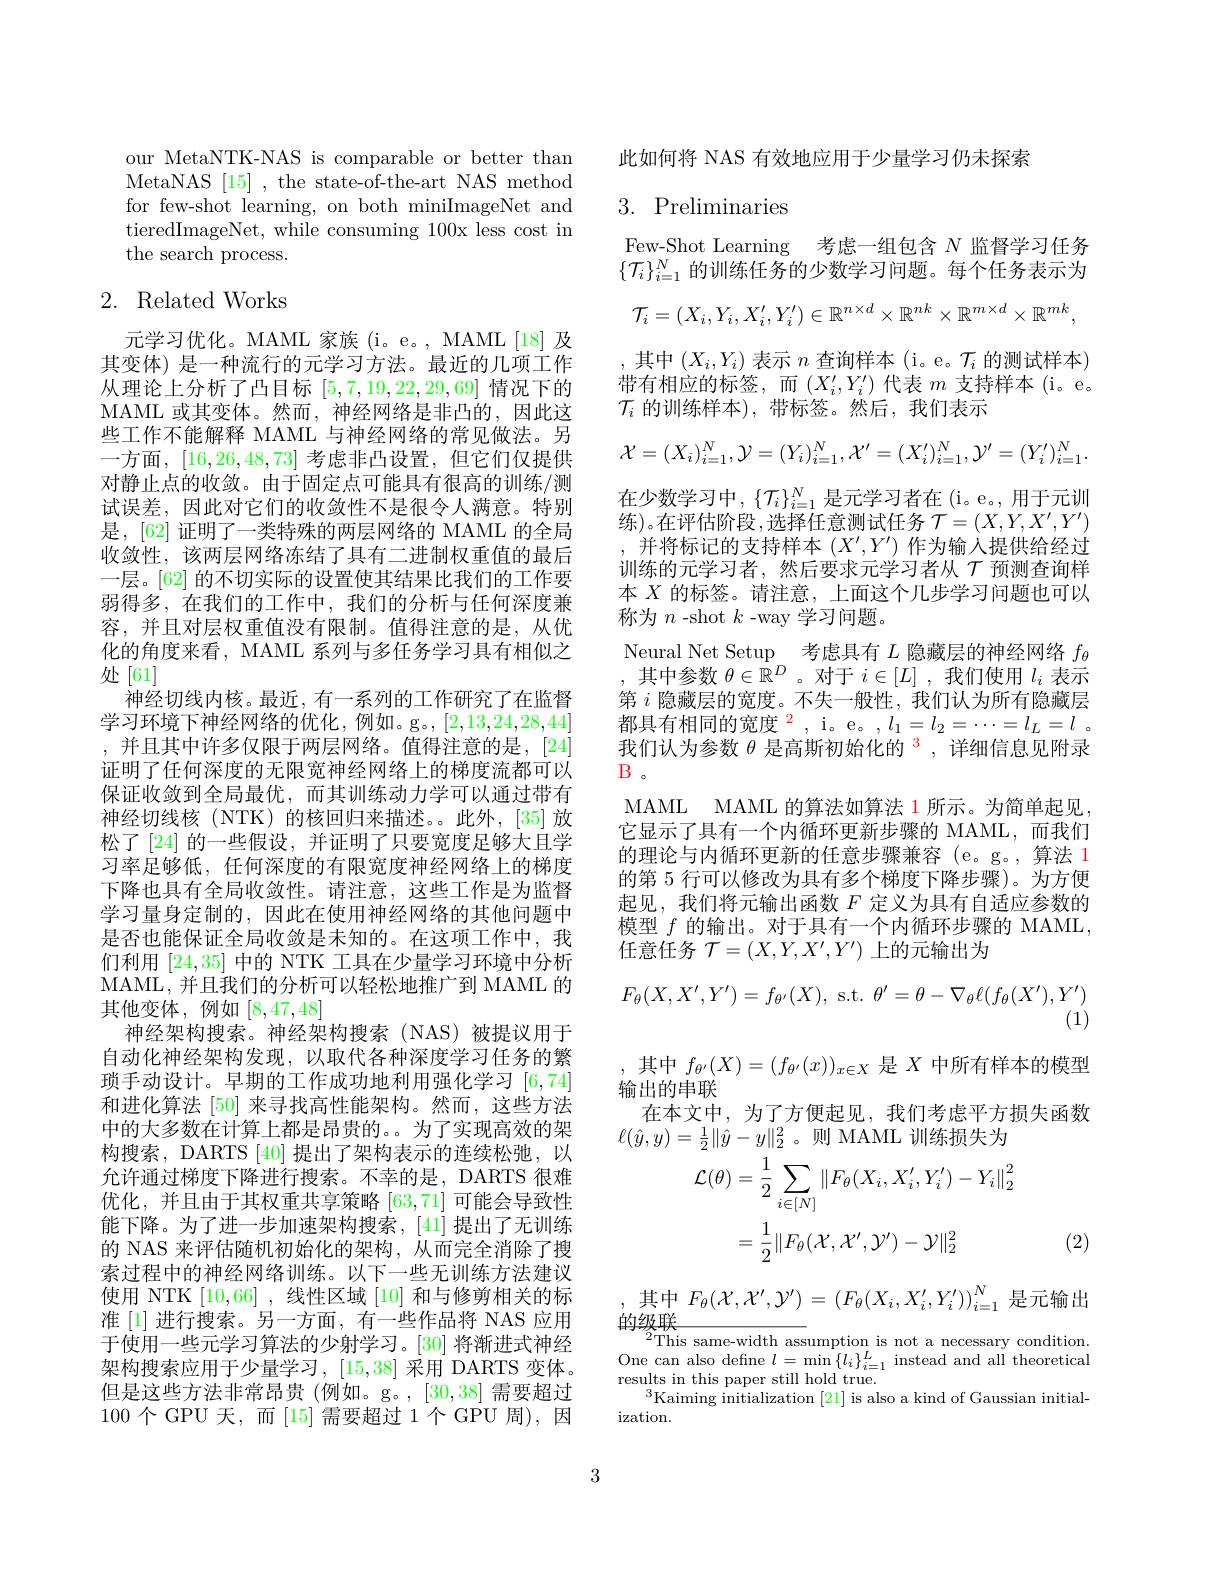
our MetaNTK-NAS is comparable or better than MetaNAS [15] , the state-of-the-art NAS method for few-shot learning, on both miniImageNet and tieredImageNet, while consuming 100x less cost in the search process.

# 2. Related Works

元学习优化。MAML 家族 (i。e。, MAML[18]及其变体) 是一种流行的元学习方法。最近的几项工作从理论上分析了凸目标[5,7,19,22,29,69]情况下的MAML 或其变体。然而，神经网络是非凸的，因此这些工作不能解释 MAML 与神经网络的常见做法。另一方面，[16,26,48,73]考虑非凸设置，但它们仅提供对静止点的收敛。由于固定点可能具有很高的训练/测试误差，因此对它们的收敛性不是很令人满意。特别是，[62] 证明了一类特殊的两层网络的 MAML 的全局收敛性，该两层网络冻结了具有二进制权重值的最后一层。[62] 的不切实际的设置使其结果比我们的工作要弱得多，在我们的工作中，我们的分析与任何深度兼容，并且对层权重值没有限制。值得注意的是，从优化的角度来看，MAML 系列与多任务学习具有相似之处[61]
神经切线内核。最近，有一系列的工作研究了在监督学习环境下神经网络的优化，例如。g。,[2,13,24,28,44] , 并且其中许多仅限于两层网络。值得注意的是，[24] 证明了任何深度的无限宽神经网络上的梯度流都可以保证收敛到全局最优，而其训练动力学可以通过带有神经切线核(NTK)的核回归来描述。。此外，[35]放松了 [24] 的一些假设，并证明了只要宽度足够大且学习率足够低，任何深度的有限宽度神经网络上的梯度下降也具有全局收敛性。请注意，这些工作是为监督学习量身定制的，因此在使用神经网络的其他问题中是否也能保证全局收敛是未知的。在这项工作中，我们利用[24,35]中的 NTK 工具在少量学习环境中分析MAML,并且我们的分析可以轻松地推广到 MAML 的其他变体，例如[8,47,48]
神经架构搜索。神经架构搜索(NAS)被提议用于自动化神经架构发现，以取代各种深度学习任务的繁琐手动设计。早期的工作成功地利用强化学习[6,74] 和进化算法[50]来寻找高性能架构。然而，这些方法中的大多数在计算上都是昂贵的。为了实现高效的架构搜索，DARTS [40] 提出了架构表示的连续松弛，以允许通过梯度下降进行搜索。不幸的是，DARTS 很难优化，并且由于其权重共享策略[63,71]可能会导致性能下降。为了进一步加速架构搜索，[41]提出了无训练的 NAS 来评估随机初始化的架构，从而完全消除了搜索过程中的神经网络训练。以下一些无训练方法建议使用 NTK [10,66] ,线性区域 [10] 和与修剪相关的标准 [1] 进行搜索。另一方面，有一些作品将 NAS 应用于使用一些元学习算法的少射学习。[30] 将渐进式神经架构搜索应用于少量学习，[15,38] 采用 DARTS 变体。但是这些方法非常昂贵 (例如。g。,[30,38] 需要超过100个GPU 天，而[15]需要超过1个GPU 周),因

此如何将 NAS 有效地应用于少量学习仍未探索

# 3. Preliminaries

Few-Shot Learning 考虑一组包含$N$监督学习任务$\{\mathcal{T}_i\}_{i=1}^N$的训练任务的少数学习问题。每个任务表示为
$$\mathcal{T}_{i}=(X_{i},Y_{i},X_{i}^{\prime},Y_{i}^{\prime})\in\mathbb{R}^{n\times d}\times\mathbb{R}^{nk}\times\mathbb{R}^{m\times d}\times\mathbb{R}^{mk},$$
其中$(X_i,Y_i)$表示$n$查询样本 (i。e。$\mathcal{T}_i$的测试样本) 带有相应的标签，而$(X_i^{\prime},Y_i^{\prime})$代表$m$支持样本 (i。e。$\mathcal{T}_i$的训练样本),带标签。然后，我们表示
$$\mathcal{X}=(X_{i})_{i=1}^{N},\mathcal{Y}=(Y_{i})_{i=1}^{N},\mathcal{X}^{\prime}=(X_{i}^{\prime})_{i=1}^{N},\mathcal{Y}^{\prime}=(Y_{i}^{\prime})_{i=1}^{N}.$$
在少数学习中，$\{\mathcal{T}_i\}_i=1^N$是元学习者在 (i。e。, 用于元训练)。在评估阶段 ,选择任意测试任务 $\mathcal{T}=(X,Y,X^\prime,Y^\prime)$ 并将标记的支持样本$(X^\prime,Y^{\prime})$作为输人提供给经过训练的元学习者，然后要求元学习者从$\mathcal{T}$预测查询样本$X$的标签。请注意，上面这个几步学习问题也可以称为$n$ -shot $k$ -way 学习问题。
Neural Net Setup 考虑具有$L$隐藏层的神经网络$f_\theta$ ,其中参数$\theta\in\mathbb{R}^D$ 。对于$i\in[L]$ ,我们使用$l_i$表示第$i$隐藏层的宽度。不失一般性，我们认为所有隐藏层都具有相同的宽度$^{\color{red}2}$, i。e。$,l_1=l_2=\cdots=l_L=l$ 。我们认为参数$\theta\text{ 是高斯初始化的 }^{3}$,详细信息见附录$B$。
MAML MAML 的算法如算法 1 所示。为简单起见， 它显示了具有一个内循环更新步骤的 MAML,而我们的理论与内循环更新的任意步骤兼容 (e。g。,算法 1的第 5 行可以修改为具有多个梯度下降步骤)。为方便起见，我们将元输出函数$F$定义为具有自适应参数的模型$f$的输出。对于具有一个内循环步骤的 MAML, 任意任务$\mathcal{T}=(X,Y,X^{\prime},Y^{\prime})$上的元输出为
$$F_\theta(X,X',Y')=f_{\theta'}(X),\:\mathrm{s.t.}\:\theta'=\theta-\nabla_\theta\ell(f_\theta(X'),Y')$$
(1)
其中$f_{\theta^{\prime}}(X)=(f_{\theta^{\prime}}(x))_{x\in X}$是$X$中所有样本的模型
输出的串联

在本文中，为了方便起见，我们考虑平方损失函数
$\ell(\hat{y},y)=\frac12\|\hat{y}-y\|_2^2$。则 MAML 训练损失为
$$\begin{aligned}\mathcal{L}(\theta)&=\frac{1}{2}\sum_{i\in[N]}\|F_{\theta}(X_{i},X_{i}^{\prime},Y_{i}^{\prime})-Y_{i}\|_{2}^{2}\\&=\frac{1}{2}\|F_{\theta}(\mathcal{X},\mathcal{X}^{\prime},\mathcal{Y}^{\prime})-\mathcal{Y}\|_{2}^{2}\end{aligned}$$
(2)

,其中$F_\theta(\mathcal{X},\mathcal{X}^{\prime},\mathcal{Y}^{\prime})=(F_\theta(X_i,X_i^{\prime},Y_i^{\prime}))_{i=1}^N$是元输出
的级联

$^{2}$This same-width assumption is not a necessary condition. $\begin{array}{l}{\text{One can also define }l=\min\left\{l_{i}\right\}_{i=1}^{L}\text{ instead and all theoretica}}\\{\text{results in this paper still hold true.}}\end{array}$
$^3$Kaiming initialization [21] is also a kind of Gaussian initial-
ization.

3